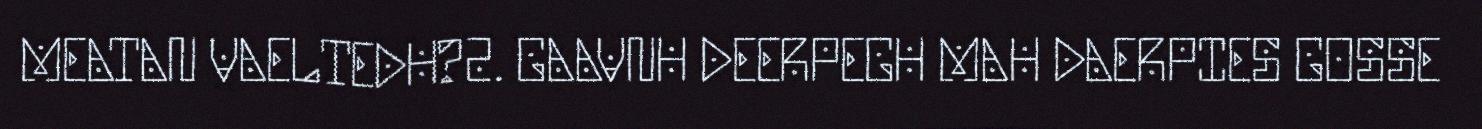
MEATAN VAELTEDH?2. GAAVNH DEERPEGH MAH DAERPIES GOSSE